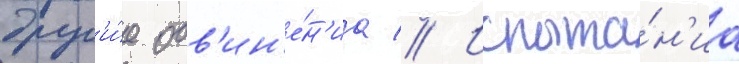
друг'и́е обв'ин'е́н'иа // Испыта́н'иа